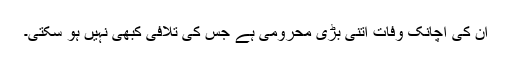
ان کی اچانک وفات اتنی بڑی محرومی ہے جس کی تلافی کبھی نہیں ہو سکتی۔